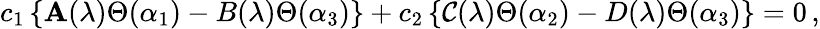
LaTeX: c_{1}\left\{ \mathbf{A}(\lambda)\Theta(\alpha_{1})-B(\lambda)\Theta(\alpha_{3})\right\} +c_{2}\left\{ \mathcal{C}(\lambda)\Theta(\alpha_{2})-D(\lambda)\Theta(\alpha_{3})\right\} =0\, ,